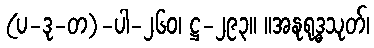
(ပ-ဒု-တ)-ပါ-၂၆၀၊ ဋ္ဌ-၂၉၃။ ။အနုရုဒ္ဓသုတ်၊